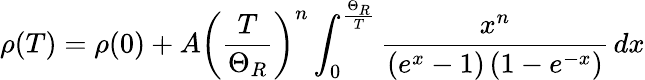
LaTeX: \rho(T)=\rho(0)+A\left({\frac{T}{\Theta_{R}}}\right)^{n}\int_{0}^{\frac{\Theta_{R}}{T}}{\frac{x^{n}}{\left(e^{x}-1\right)\left(1-e^{-x}\right)}}\, dx